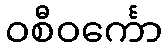
ဝစီဝင်္ကော